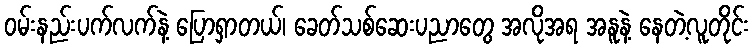
ဝမ်းနည်းပက်လက်နဲ့ ပြောရှာတယ်၊ ခေတ်သစ်ဆေးပညာတွေ အလိုအရ အနူနဲ့ နေတဲ့လူတိုင်း